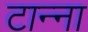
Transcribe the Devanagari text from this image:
टान्ना